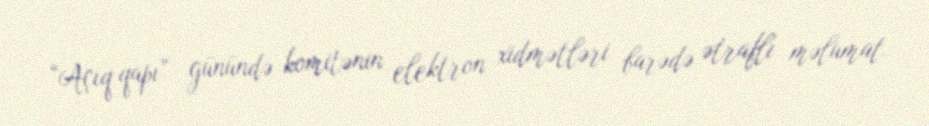
“Açıq qapı” günündə komitənin elektron xidmətləri barədə ətraflı məlumat